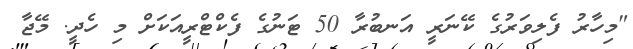
"މިހާރު ފެލިވަރުގެ ކޭނަރީ އަނބުރާ 50 ޓަނުގެ ފެކްޓްރީއަކަށް މި ހެދީ. މޭޖާ